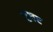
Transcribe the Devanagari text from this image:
घूघट